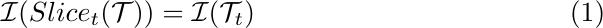
\begin{equation}
    \mathcal{I}(Slice_t(\mathcal{T})) = \mathcal{I}(\mathcal{T}_{t})
\end{equation}